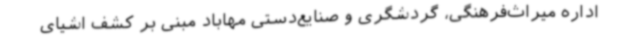
اداره میراث‌فرهنگی، گردشگری و صنایع‌دستی مهاباد مبنی بر کشف اشیای